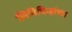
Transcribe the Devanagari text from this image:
लिपिचिन्हांच्या